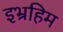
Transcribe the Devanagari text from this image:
इभ्रहिम